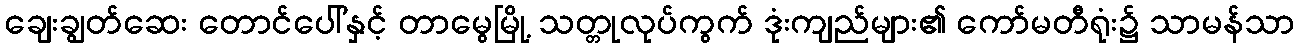
ချေးချွတ်ဆေး တောင်ပေါ်နှင့် တာမွေမြို့ သတ္တုလုပ်ကွက် ဒုံးကျည်များ၏ ကော်မတီရုံး၌ သာမန်သာ